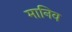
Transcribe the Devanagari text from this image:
मानिव